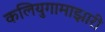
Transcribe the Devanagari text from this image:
कलियुगामाझारी